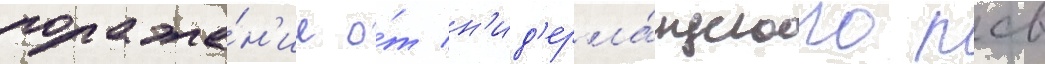
пораже́н'ие о́т н'ид'ерла́ндского псв